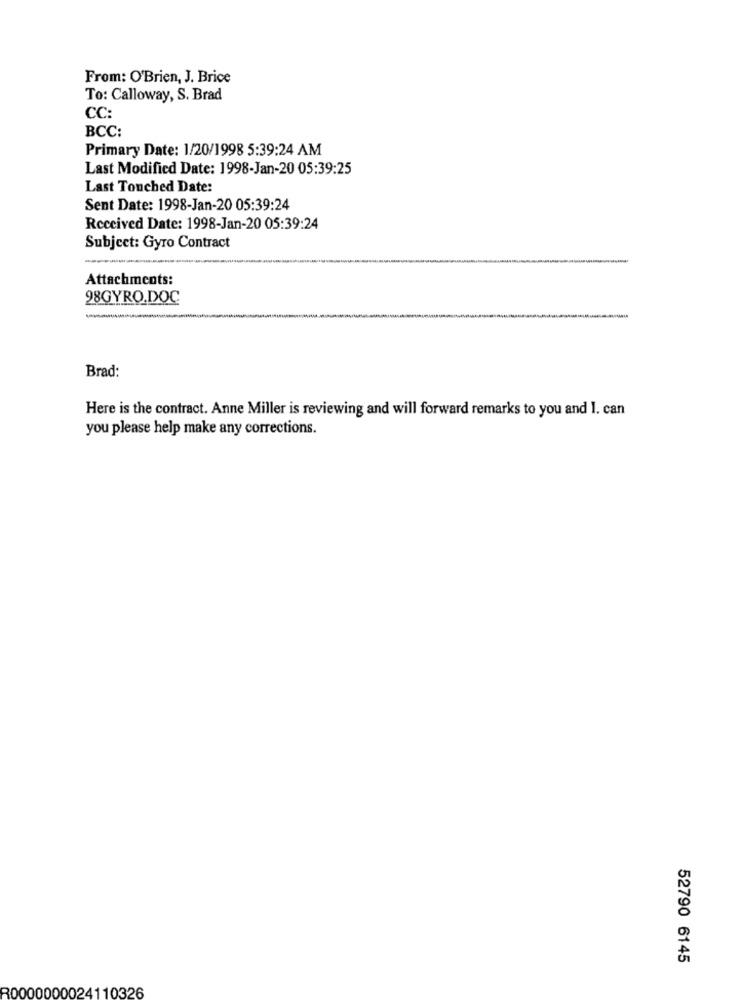
From: O'Brien, J. Brice
To: Calloway, S. Brad
CC:
BCC:
Primary Date: 1/20/1998 5:39:24 AM
Last Modified Date: 1998-Jan-20 05:39:25
Last Touched Date:
Sent Date: 1998-Jan-20 05:39:24
Received Date: 1998-Jan-20 05:39:24
Subject: Gyro Contract
Attachments:
98GYRO.DOC
-
Brad:
Here is the contract. Anne Miller is reviewing and will forward remarks to you and I. can
you please help make any corrections.
52790 6145
R0000000024110326